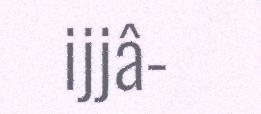
ijjâ-